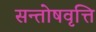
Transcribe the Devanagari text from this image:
सन्तोषवृत्ति